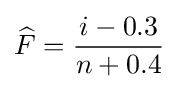
{\widehat {F}}={\frac {i-0.3}{n+0.4}}